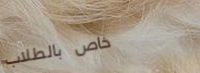
خاص بالطلاب